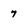
Character: 7